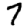
Digit: 7